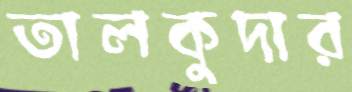
তালকুদার